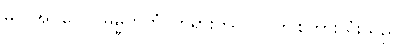
မလိုအပ်ပေ)။ ဓမ္မတတံ၊ တရားကို။ ဝ်၊ (ဤစကားလုံးသည်